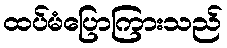
ထပ်မံပြောကြားသည်